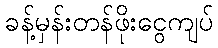
ခန့်မှန်းတန်ဖိုးငွေကျပ်